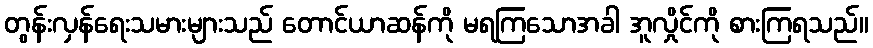
တွန်းလှန်ရေးသမားများသည် တောင်ယာဆန်ကို မရကြသောအခါ အူလှိုင်ကို စားကြရသည်။